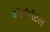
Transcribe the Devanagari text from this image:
कॉटीनेंटल